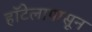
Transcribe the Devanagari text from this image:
हॉटेलापासून